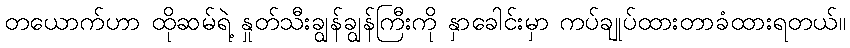
တယောက်ဟာ ထိုဆမ်ရဲ့ နှုတ်သီးချွန်ချွန်ကြီးကို နှာခေါင်းမှာ ကပ်ချုပ်ထားတာခံထားရတယ်။